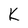
Character: K